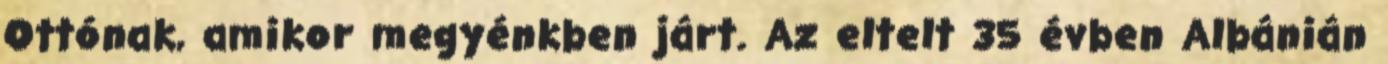
Ottónak, amikor megyénkben járt. Az eltelt 35 évben Albánián